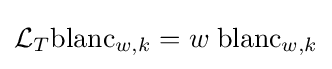
{\mathcal {L}}_{T}{\mbox{blanc}}_{w,k}=w\;{\mbox{blanc}}_{w,k}